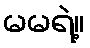
မမရဲ့။